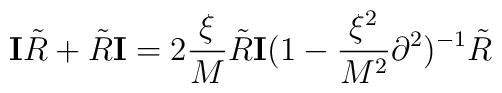
{\mathbf I} {\tilde R} + {\tilde R} {\mathbf I} = 2 \frac{\xi}{M} {\tilde R} {\mathbf I}(1 - \frac{\xi^2}{M^2} \partial^2)^{-1}  {\tilde R}